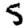
Digit: 5